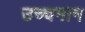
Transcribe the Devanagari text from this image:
उच्चमान